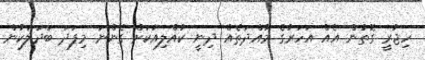
ހިޖުރީ ގޮތުން އެއް އަހަރުގެ މުއްދަތެއް ދިނީ ކުއްލިއަކަށް ގެންނަ މިފަދަ ބަދަލަކުން